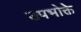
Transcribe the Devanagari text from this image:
उपभोक्ते